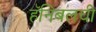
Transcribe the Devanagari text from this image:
हॅनिबलची